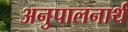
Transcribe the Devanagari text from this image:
अनुपालनार्थ